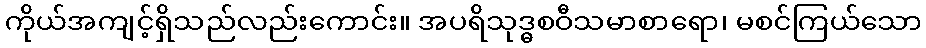
ကိုယ်အကျင့်ရှိသည်လည်းကောင်း။ အပရိသုဒ္ဓစဝီသမာစာရော၊ မစင်ကြယ်သော